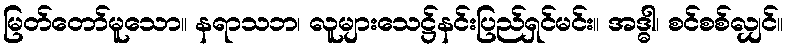
မြတ်တော်မူသော။ နရာသဘ၊ လူများသေဋ္ဌ်နင်းပြည်ရှင်မင်း။ အဒ္ဓါ၊ စင်စစ်လျှင်။